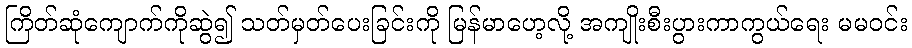
ကြိတ်ဆုံကျောက်ကိုဆွဲ၍ သတ်မှတ်ပေးခြင်းကို မြန်မာဟေ့လို့ အကျိုးစီးပွားကာကွယ်ရေး မမဝင်း